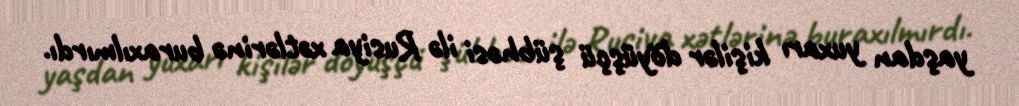
yaşdan yuxarı kişilər döyüşçü şübhəsi ilə Rusiya xətlərinə buraxılmırdı.